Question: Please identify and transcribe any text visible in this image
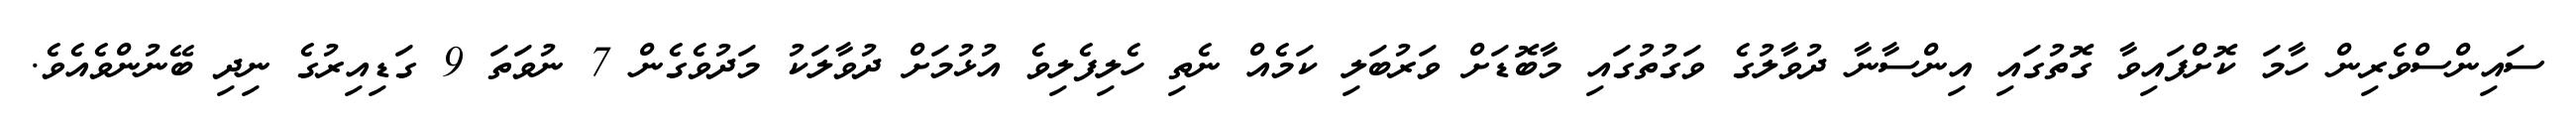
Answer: ސައިންސްވެރިން ހާމަ ކޮށްފައިވާ ގޮތުގައި އިންސާނާ ދުވާލުގެ ވަގުތުގައި މާބޮޑަށް ވަރުބަލި ކަމެއް ނެތި ހެލިފެލިވެ އުޅުމަށް ދުވާލަކު މަދުވެގެން 7 ނުވަތަ 9 ގަޑިއިރުގެ ނިދި ބޭނުންވެއެވެ.